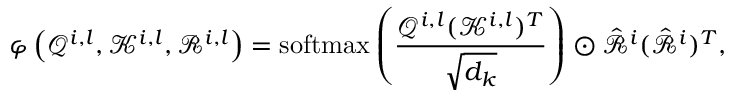
\varphi \left( \mathcal { Q } ^ { i , l } , \mathcal { K } ^ { i , l } , \mathcal { R } ^ { i , l } \right) = \operatorname { s o f t m a x } \left( \frac { \mathcal { Q } ^ { i , l } ( \mathcal { K } ^ { i , l } ) ^ { T } } { \sqrt { d _ { k } } } \right) \odot \hat { \mathcal { R } } ^ { i } ( \hat { \mathcal { R } } ^ { i } ) ^ { T } ,